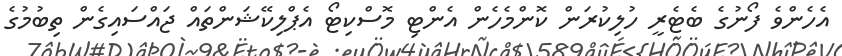
އެހެންވެ ފޯނުގެ ބެޓެރީ ހުލިކުރަން ކޮންމެހެން އެންޓި މޮސްކިޓޯ އެޕްލިކޭޝަންތައް ޖައްސައިގެން ތިބުމުގެ